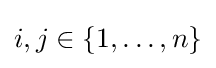
i,j\in \lbrace 1,\dots ,n\rbrace